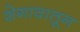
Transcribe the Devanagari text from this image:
शेगावातून